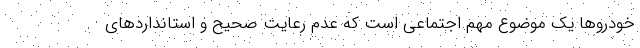
خودروها یک موضوع مهم اجتماعی است که عدم رعایت صحیح و استانداردهای